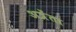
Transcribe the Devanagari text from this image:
अत्रेंता